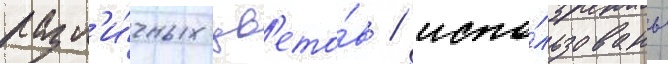
разл'и́чных цв'ето́в / испо́льзованы